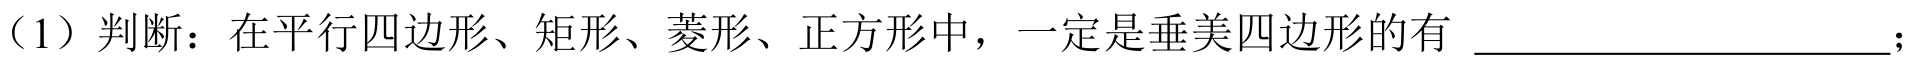
（1）判断：在平行四边形、矩形、菱形、正方形中，一定是垂美四边形的有  ；